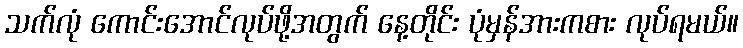
သက်လုံ ကောင်းအောင်လုပ်ဖို့အတွက် နေ့တိုင်း ပုံမှန်အားကစား လုပ်ရမယ်။